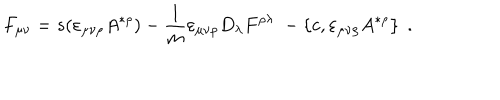
F _ { \mu \nu } = s ( \varepsilon _ { \mu \nu \rho } A ^ { * \rho } ) - \frac 1 m \varepsilon _ { \mu \nu \rho } D _ { \lambda } F ^ { \rho \lambda } \; - \left\{ c , \varepsilon _ { \mu \nu \rho } A ^ { * \rho } \right\} \; .